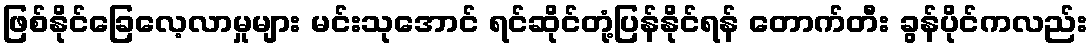
ဖြစ်နိုင်ခြေလေ့လာမှုများ မင်းသုအောင် ရင်ဆိုင်တုံ့ပြန်နိုင်ရန် တောက်တီး ခွန်ပိုင်ကလည်း